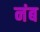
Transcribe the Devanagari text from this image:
नंब